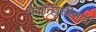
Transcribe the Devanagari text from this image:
सेवानिवृत्तीसाठी